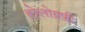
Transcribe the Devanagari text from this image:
होलोग्रफ़ी